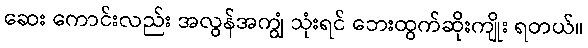
ဆေး ကောင်းလည်း အလွန်အကျွံ သုံးရင် ဘေးထွက်ဆိုးကျိုး ရတယ်။